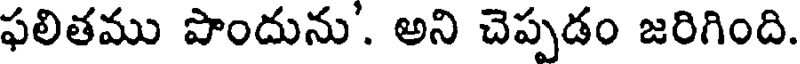
ఫలితము పొందును'. అని చెప్పడం జరిగింది.